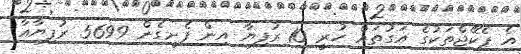
އެ ޕެކޭޖްތަކުގެ އަގުތައް ހުރީ 10 ރުފިޔާ އިން ފެށިގެން 5699 ރުފިޔާއާ